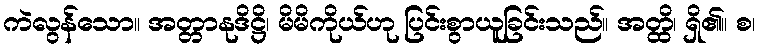
ကဲလွန်သော။ အတ္တာနုဒိဋ္ဌိ၊ မိမိကိုယ်ဟု ပြင်းစွာယူခြင်းသည်။ အတ္ထိ၊ ရှိ၏။ စ၊